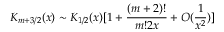
K _ { m + 3 / 2 } ( x ) \sim K _ { 1 / 2 } ( x ) [ 1 + { \frac { ( m + 2 ) ! } { m ! 2 x } } + O ( { \frac { 1 } { x ^ { 2 } } } ) ]